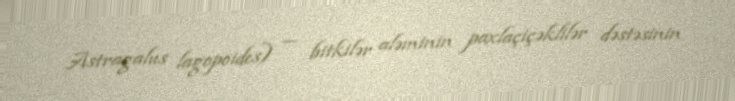
Astragalus lagopoides) — bitkilər aləminin paxlaçiçəklilər dəstəsinin